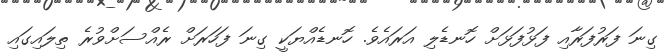
ގިނަ ފަރުފަރާއި ފަޅުފަޅަށް ހޮނޑެލި އަރައެވެ. ހޮނޑެއްޔަކީ ގިނަ ފަހަރަށް ރެއްސަށްވުރެ ތިލައިގައި